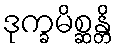
ဒုက္ခမိစ္ဆန္တိ